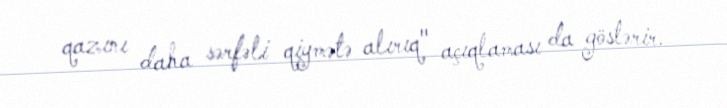
qazını daha sərfəli qiymətə alırıq" açıqlaması da göstərir.